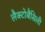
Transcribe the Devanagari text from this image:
लैक्टोबैसिली